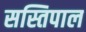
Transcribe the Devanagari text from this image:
सस्तिपाल